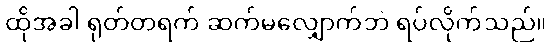
ထိုအခါ ရုတ်တရက် ဆက်မလျှောက်ဘဲ ရပ်လိုက်သည်။